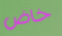
خاض